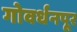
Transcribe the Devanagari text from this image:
गोवर्धनपूर